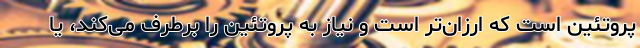
پروتئین است که ارزان‌تر است و نیاز به پروتئین را برطرف می‌کند، یا